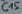
Text: C15